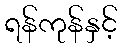
ရန်ကုန်နှင့်